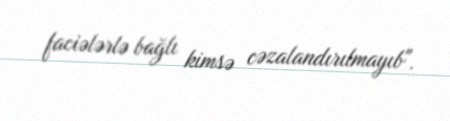
faciələrlə bağlı kimsə cəzalandırılmayıb".